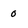
Character: 0